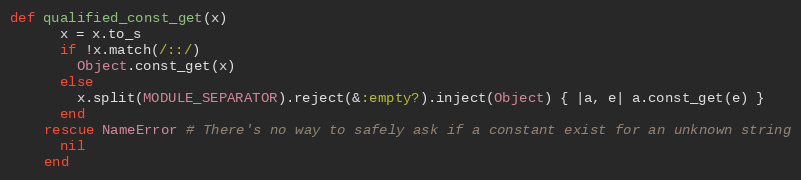
Language: Ruby
def qualified_const_get(x)
      x = x.to_s
      if !x.match(/::/)
        Object.const_get(x)
      else
        x.split(MODULE_SEPARATOR).reject(&:empty?).inject(Object) { |a, e| a.const_get(e) }
      end
    rescue NameError # There's no way to safely ask if a constant exist for an unknown string
      nil
    end